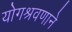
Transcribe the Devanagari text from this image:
योगश्रवणाने